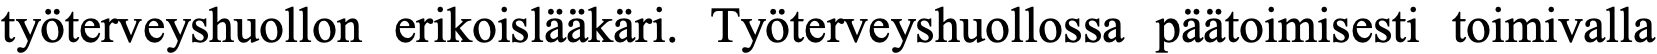
työterveyshuollon erikoislääkäri. Työterveyshuollossa päätoimisesti toimivalla